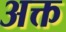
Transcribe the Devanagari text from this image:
अक्त